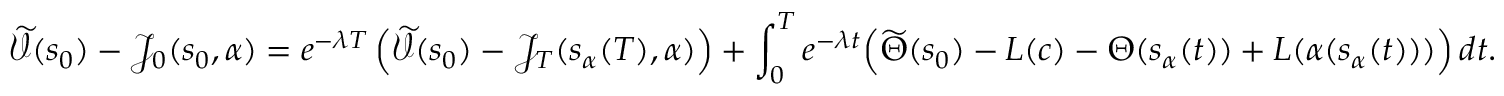
\widetilde { \mathcal { V } } ( s _ { 0 } ) - \mathcal { J } _ { 0 } ( s _ { 0 } , \alpha ) = e ^ { - \lambda T } \left( \widetilde { \mathcal { V } } ( s _ { 0 } ) - \mathcal { J } _ { T } ( s _ { \alpha } ( T ) , \alpha ) \right) + \int _ { 0 } ^ { T } e ^ { - \lambda t } \Bigl ( \widetilde { \Theta } ( s _ { 0 } ) - L ( c ) - { \Theta } ( s _ { \alpha } ( t ) ) + L ( \alpha ( s _ { \alpha } ( t ) ) ) \Bigr ) \, d t .